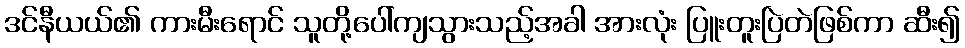
ဒင်နီယယ်၏ ကားမီးရောင် သူတို့ပေါ်ကျသွားသည့်အခါ အားလုံး ပြူးတူးပြဲတဲဖြစ်ကာ ဆီး၍